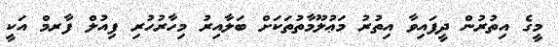
މީގެ އިތުރުން ދީފައިވާ އިތުރު މަޢުލޫމާތުތަކަށް ބަލާއިރު މިހާރުހުރި ފިއުލް ފާރމް އަކީ